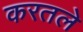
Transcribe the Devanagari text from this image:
करतले